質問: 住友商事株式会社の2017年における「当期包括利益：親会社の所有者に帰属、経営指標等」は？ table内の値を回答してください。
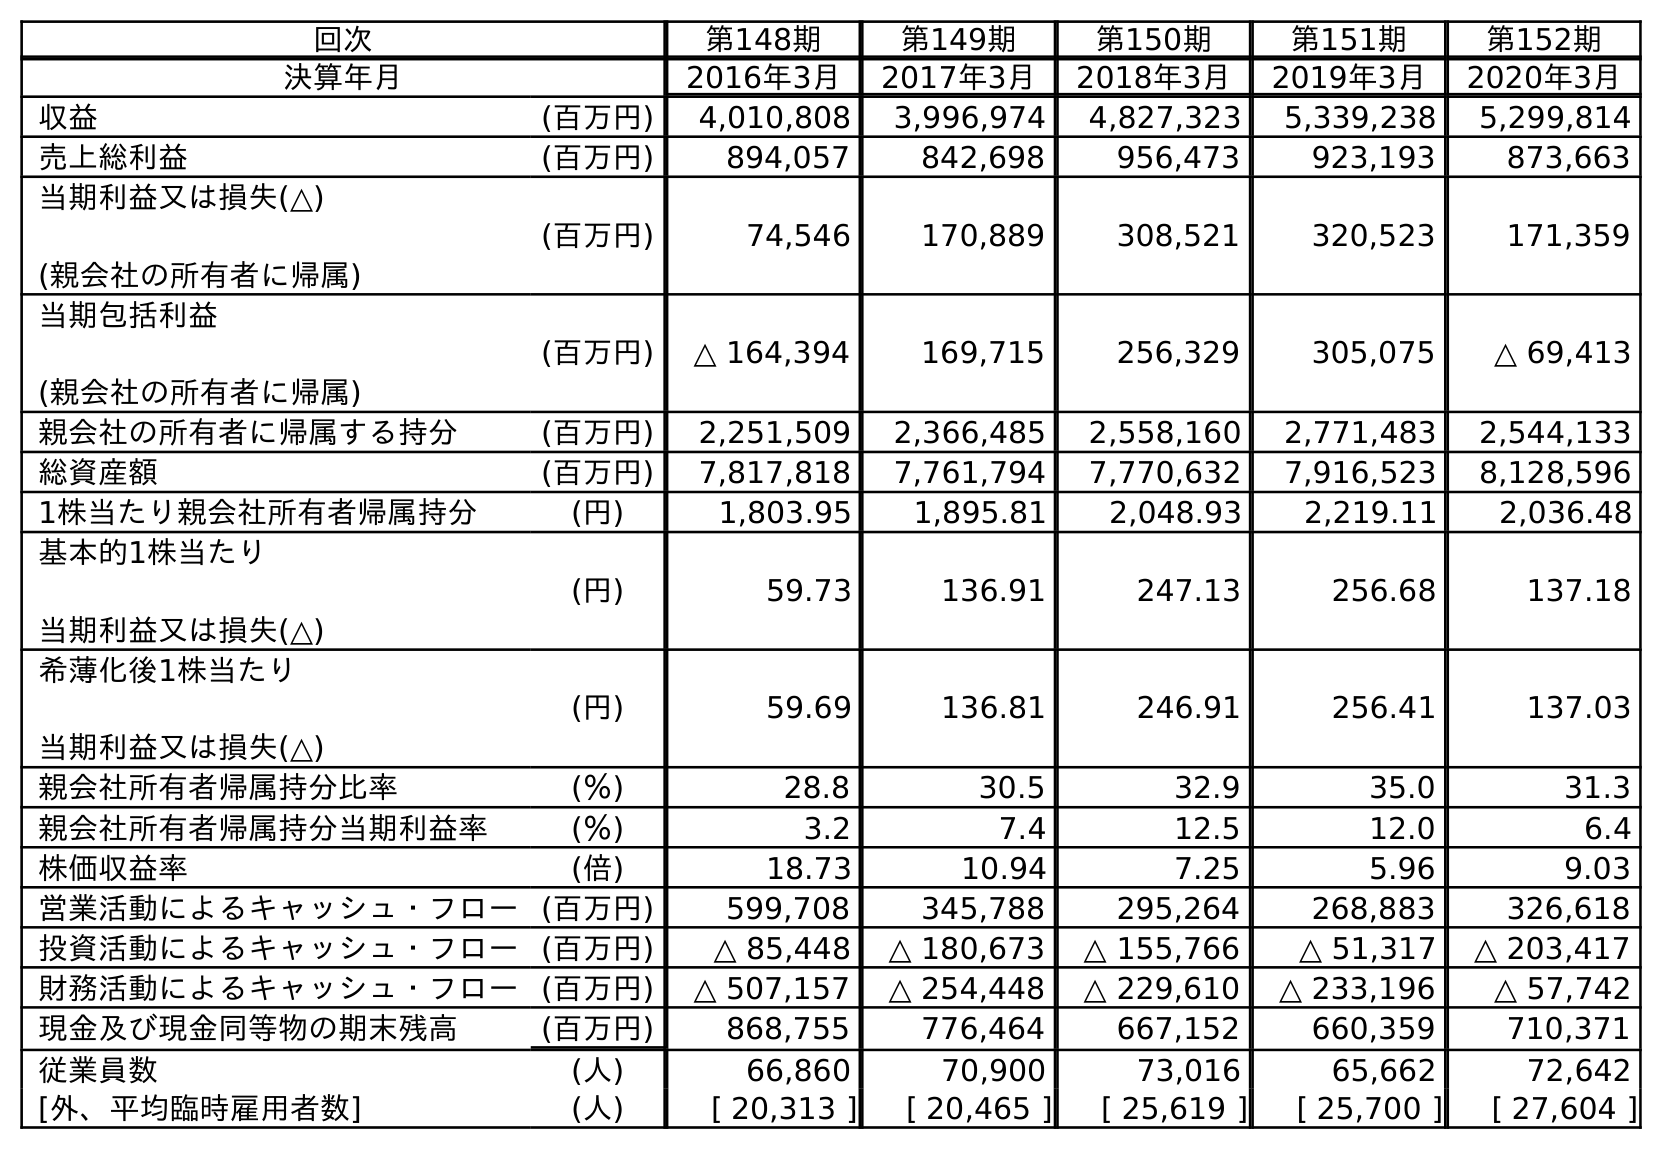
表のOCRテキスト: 回次 第148期 第149期 第150期 第151期 第152期 決算年月 2016年3月 2017年3月 2018年3月 2019年3月 2020年3月 収益 (百万円) 4,010,808 3,996,974 4,827,323 5,339,238 5,299,814 売上総利益 (百万円) 894,057 842,698 956,473 923,193 873,663 当期利益又は損失(△) (親会社の所有者に帰属) (百万円) 74,546 170,889 308,521 320,523 171,359 当期包括利益 (親会社の所有者に帰属) (百万円) △ 164,394 169,715 256,329 305,075 △ 69,413 親会社の所有者に帰属する持分 (百万円) 2,251,509 2,366,485 2,558,160 2,771,483 2,544,133 総資産額 (百万円) 7,817,818 7,761,794 7,770,632 7,916,523 8,128,596 1株当たり親会社所有者帰属持分 (円) 1,803.95 1,895.81 2,048.93 2,219.11 2,036.48 基本的1株当たり 当期利益又は損失(△) (円) 59.73 136.91 247.13 256.68 137.18 希薄化後1株当たり 当期利益又は損失(△) (円) 59.69 136.81 246.91 256.41 137.03 親会社所有者帰属持分比率 (％) 28.8 30.5 32.9 35.0 31.3 親会社所有者帰属持分当期利益率 (％) 3.2 7.4 12.5 12.0 6.4 株価収益率 (倍) 18.73 10.94 7.25 5.96 9.03 営業活動によるキャッシュ・フロー(百万円) 599,708 345,788 295,264 268,883 326,618 投資活動によるキャッシュ・フロー(百万円) △ 85,448 △ 180,673 △ 155,766 △ 51,317 △ 203,417 財務活動によるキャッシュ・フロー(百万円) △ 507,157 △ 254,448 △ 229,610 △ 233,196 △ 57,742 現金及び現金同等物の期末残高 (百万円) 868,755 776,464 667,152 660,359 710,371 従業員数 (人) 66,860 70,900 73,016 65,662 72,642 [外、平均臨時雇用者数] (人) [ 20,313 ] [ 20,465 ] [ 25,619 ] [ 25,700 ] [ 27,604 ]
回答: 169,715